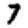
Digit: 7